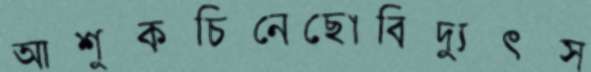
আশুকচিনেছোবিদ্যুৎস